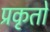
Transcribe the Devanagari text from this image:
प्रकृतों